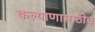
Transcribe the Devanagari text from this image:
कल्याणासाठीच